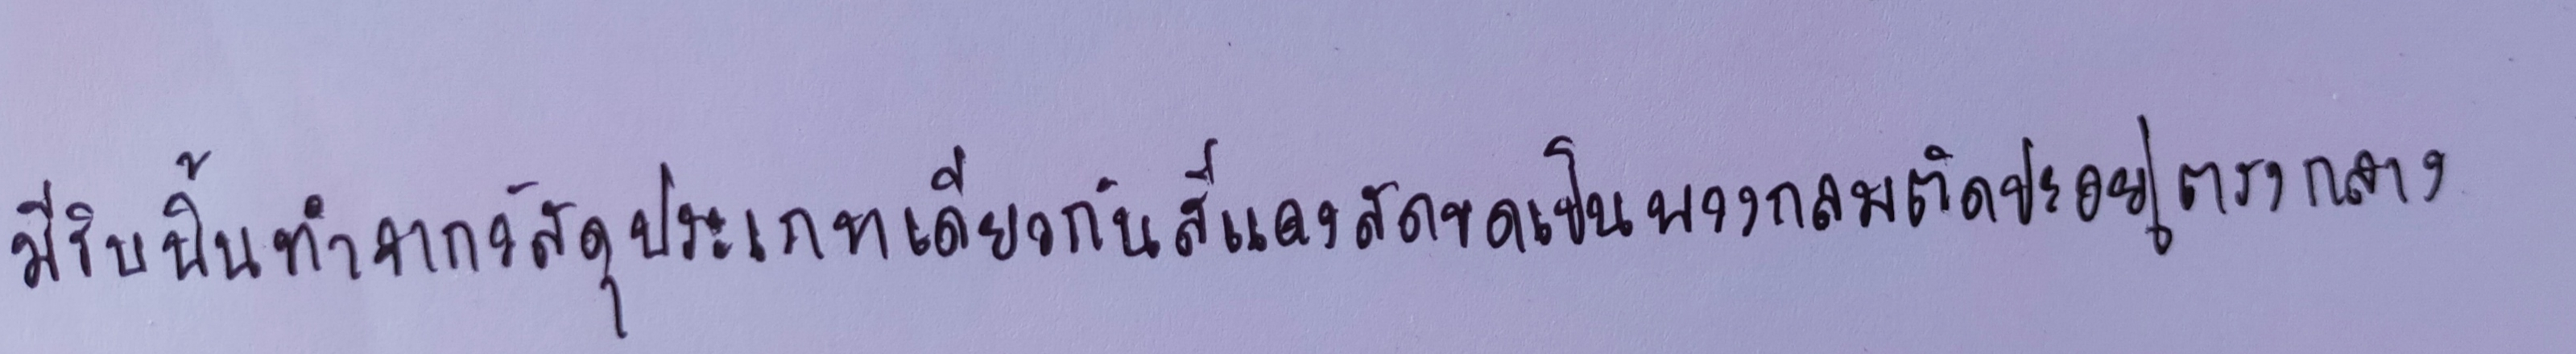
มีริบบิ้นทำจากวัสดุประเภทเดียวกันสีแดงสดขดเป็นพวงกลมติดปะอยู่ตรงกลาง